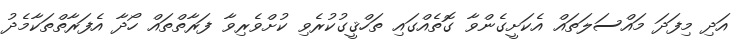
އަދި މިފަދަ މައްސަލަތައް އެކަށީގެންވާ ގޮތެއްގައި ތަހްޤީގުކުރެވި ކުށްވެރިވާ ފަރާތްތައް ހޯދާ އެފަރާތްތަކާމެދު